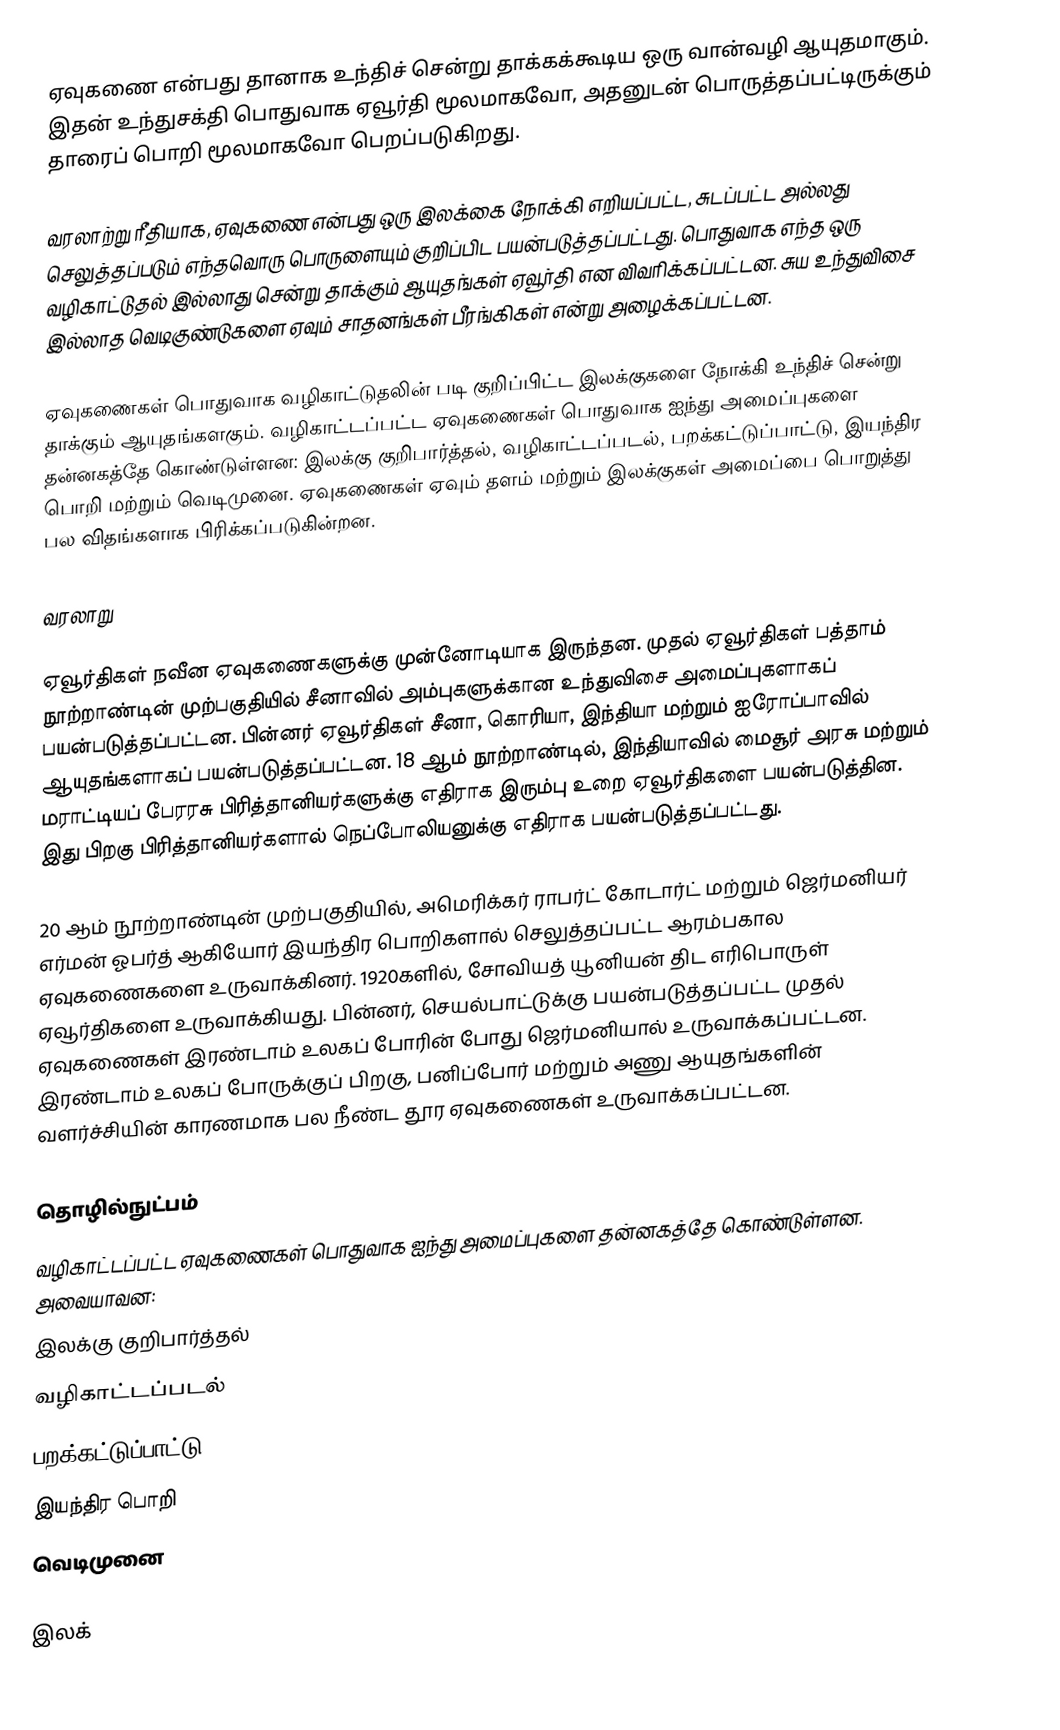
ஏவுகணை என்பது தானாக உந்திச் சென்று தாக்கக்கூடிய ஒரு வான்வழி ஆயுதமாகும். இதன் உந்துசக்தி பொதுவாக  ஏவூர்தி மூலமாகவோ, அதனுடன் பொருத்தப்பட்டிருக்கும் தாரைப் பொறி மூலமாகவோ பெறப்படுகிறது.

வரலாற்று ரீதியாக, ஏவுகணை என்பது ஒரு இலக்கை நோக்கி எறியப்பட்ட, சுடப்பட்ட அல்லது செலுத்தப்படும் எந்தவொரு பொருளையும் குறிப்பிட பயன்படுத்தப்பட்டது. பொதுவாக எந்த ஒரு வழிகாட்டுதல் இல்லாது சென்று தாக்கும் ஆயுதங்கள் ஏவூர்தி என விவரிக்கப்பட்டன. சுய உந்துவிசை இல்லாத வெடிகுண்டுகளை ஏவும் சாதனங்கள் பீரங்கிகள் என்று அழைக்கப்பட்டன.

ஏவுகணைகள் பொதுவாக வழிகாட்டுதலின் படி குறிப்பிட்ட இலக்குகளை நோக்கி உந்திச் சென்று தாக்கும் ஆயுதங்களகும். வழிகாட்டப்பட்ட ஏவுகணைகள் பொதுவாக ஐந்து அமைப்புகளை தன்னகத்தே கொண்டுள்ளன: இலக்கு குறிபார்த்தல், வழிகாட்டப்படல், பறக்கட்டுப்பாட்டு, இயந்திர பொறி மற்றும் வெடிமுனை. ஏவுகணைகள் ஏவும் தளம் மற்றும் இலக்குகள் அமைப்பை பொறுத்து பல விதங்களாக பிரிக்கப்படுகின்றன.

வரலாறு

ஏவூர்திகள் நவீன ஏவுகணைகளுக்கு முன்னோடியாக இருந்தன. முதல் ஏவூர்திகள் பத்தாம் நூற்றாண்டின் முற்பகுதியில் சீனாவில் அம்புகளுக்கான உந்துவிசை அமைப்புகளாகப் பயன்படுத்தப்பட்டன. பின்னர் ஏவூர்திகள் சீனா, கொரியா, இந்தியா மற்றும் ஐரோப்பாவில் ஆயுதங்களாகப் பயன்படுத்தப்பட்டன. 18 ஆம் நூற்றாண்டில், இந்தியாவில் மைசூர் அரசு மற்றும் மராட்டியப் பேரரசு பிரித்தானியர்களுக்கு எதிராக இரும்பு உறை ஏவூர்திகளை பயன்படுத்தின. இது பிறகு பிரித்தானியர்களால்  நெப்போலியனுக்கு எதிராக பயன்படுத்தப்பட்டது.

20 ஆம் நூற்றாண்டின் முற்பகுதியில், அமெரிக்கர் ராபர்ட் கோடார்ட் மற்றும் ஜெர்மனியர் எர்மன் ஓபர்த் ஆகியோர்  இயந்திர பொறிகளால் செலுத்தப்பட்ட ஆரம்பகால ஏவுகணைகளை உருவாக்கினர். 1920களில், சோவியத் யூனியன் திட எரிபொருள் ஏவூர்திகளை உருவாக்கியது. பின்னர், செயல்பாட்டுக்கு பயன்படுத்தப்பட்ட முதல் ஏவுகணைகள் இரண்டாம் உலகப் போரின் போது ஜெர்மனியால் உருவாக்கப்பட்டன. இரண்டாம் உலகப் போருக்குப் பிறகு, பனிப்போர் மற்றும் அணு ஆயுதங்களின் வளர்ச்சியின் காரணமாக பல  நீண்ட தூர ஏவுகணைகள் உருவாக்கப்பட்டன.

தொழில்நுட்பம்
வழிகாட்டப்பட்ட ஏவுகணைகள் பொதுவாக ஐந்து அமைப்புகளை தன்னகத்தே கொண்டுள்ளன. அவையாவன:
 இலக்கு குறிபார்த்தல்
 வழிகாட்டப்படல்
 பறக்கட்டுப்பாட்டு
 இயந்திர பொறி
 வெடிமுனை

இலக்